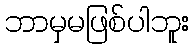
ဘာမှမဖြစ်ပါဘူး